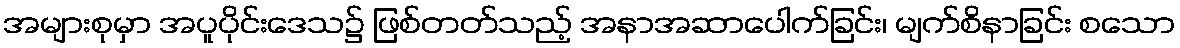
အများစုမှာ အပူပိုင်းဒေသ၌ ဖြစ်တတ်သည့် အနာအဆာပေါက်ခြင်း၊ မျက်စိနာခြင်း စသော